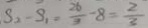
S _ { 2 } - S _ { 1 } = \frac { 2 6 } { 3 } - 8 = \frac { 2 } { 3 }